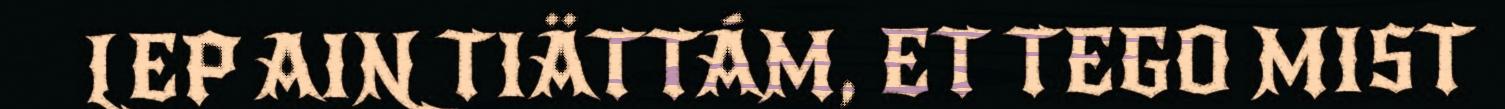
LEP AIN TIÄTTÁM, ET TEGO MIST